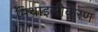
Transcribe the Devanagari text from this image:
मिथाइलीकरण